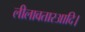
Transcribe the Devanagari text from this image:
लीलावतारआदि।